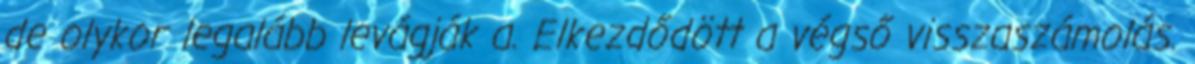
de olykor legalább levágják a. Elkezdődött a végső visszaszámolás.